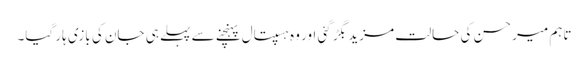
تاہم میر حسن کی حالت مزید بگڑ گئی اور وہ ہسپتال پہنچنے سے پہلے ہی جان کی بازی ہار گیا۔